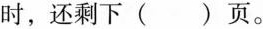
时，还剩下( )页。